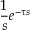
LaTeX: { \frac { 1 } { s } } e ^ { - \tau s }